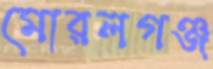
মোরলগঞ্জ